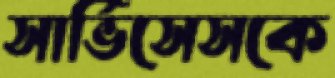
সার্ভিসেসকে